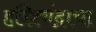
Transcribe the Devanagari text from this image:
हरिश्चंद्राचा